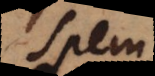
spem